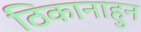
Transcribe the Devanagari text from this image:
ठिकानाहुन